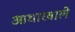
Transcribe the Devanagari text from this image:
आधारवाले